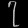
Digit: ၇